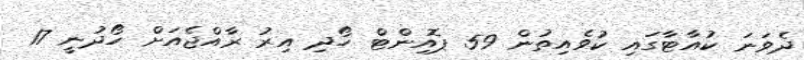
ދެވަނަ ކުއާޓާގައި ކުވެއިތުން 59 ޕޮއިންޓް ހޯދި އިރު ރާއްޖެއަށް ހޯދުނީ 17